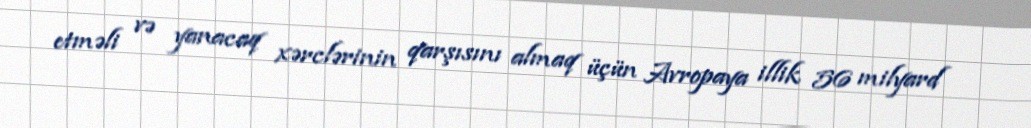
etməli və yanacaq xərclərinin qarşısını almaq üçün Avropaya illik 56 milyard